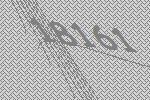
18161